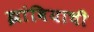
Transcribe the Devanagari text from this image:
झांबियाची